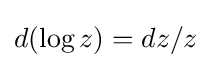
d(\log z)=dz/z